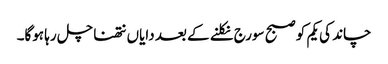
چاند کی یکم کو صبح سورج نکلنے کے بعد دایاں نتھنا چل رہا ہوگا۔